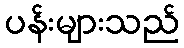
ပန်းများသည်